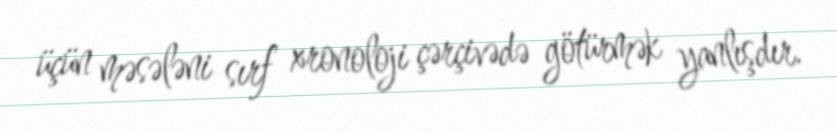
üçün məsələni sırf xronoloji çərçivədə götürmək yanlışdır.